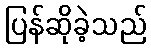
ပြန်ဆိုခဲ့သည်